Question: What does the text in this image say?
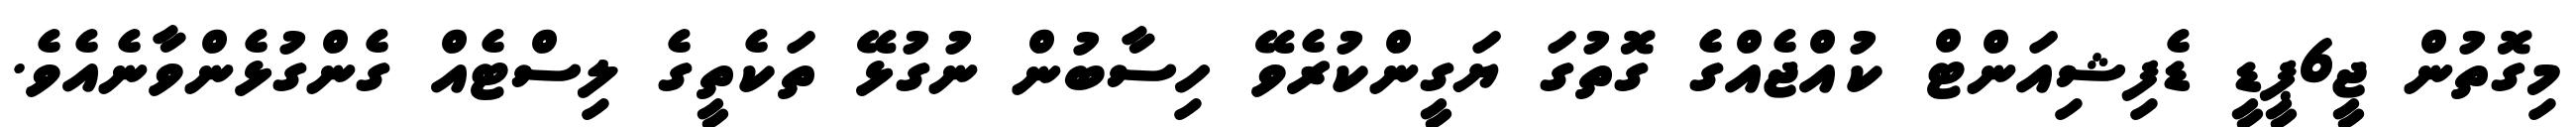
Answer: މިގޮތުން ޖީ6ޕީޑީ ޑެފިޝިއަންޓް ކުއްޖެއްގެ ގޮތުގަ ޔަގީންކުރެވޭ ހިސާބުން ނުގުޅޭ ތަކެތީގެ ލިސްޓެއް ގެންގުޅެންވާނެއެވެ.